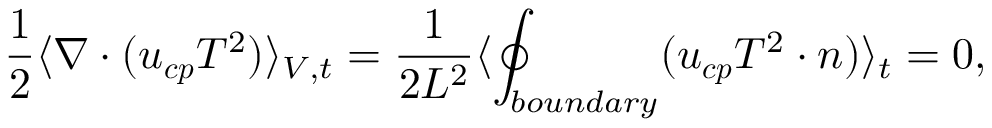
\frac { 1 } { 2 } \langle \boldsymbol { \nabla } \cdot ( \boldsymbol { u _ { c p } } T ^ { 2 } ) \rangle _ { V , t } = \frac { 1 } { 2 L ^ { 2 } } \langle \displaystyle \oint _ { b o u n d a r y } ( \boldsymbol { u _ { c p } } T ^ { 2 } \cdot \boldsymbol { n } ) \rangle _ { t } = 0 ,